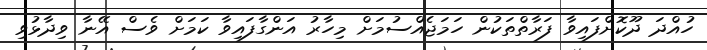
ހުއްދަ ދޫކޮށްފައިވާ ފަރާތްތަކުން ހަމަޖެއްސުމަށް މިހާރު އަންގާފައިވާ ކަމަށް ވެސް އޭނާ ވިދާޅުވި